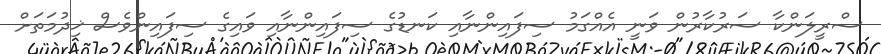
ސްރީލަންކާ ސަރުކާރުން ވަނީ އެއްގަމު ސިފައިންނާއި ކަނޑުގެ ސިފައިންނާއި ވައިގެ ސިފައިންވެސް ޚިދުމަތަށް